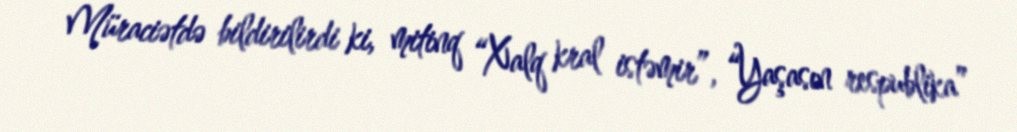
Müraciətdə bildirilirdi ki, mitinq “Xalq kral istəmir”, “Yaşasın respublika”